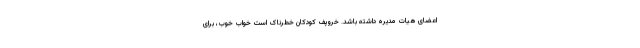
اعضای هیات مدیره داشته باشد. خروپف کودکان خطرناک است خواب خوب، برای